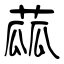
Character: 蓏